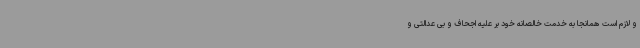
و لازم است همانجا به خدمت خالصانه خود بر علیه اجحاف و بی عدالتی و